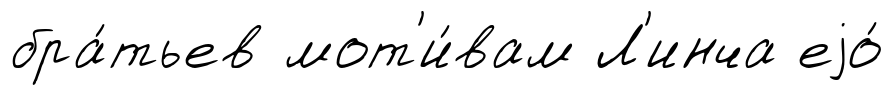
бра́тьев мот'и́вам Л'инча еjо́